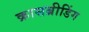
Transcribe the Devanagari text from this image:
क्रासब्रीडिंग